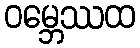
ဝမ္ဘေဿထ